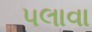
પલાવા